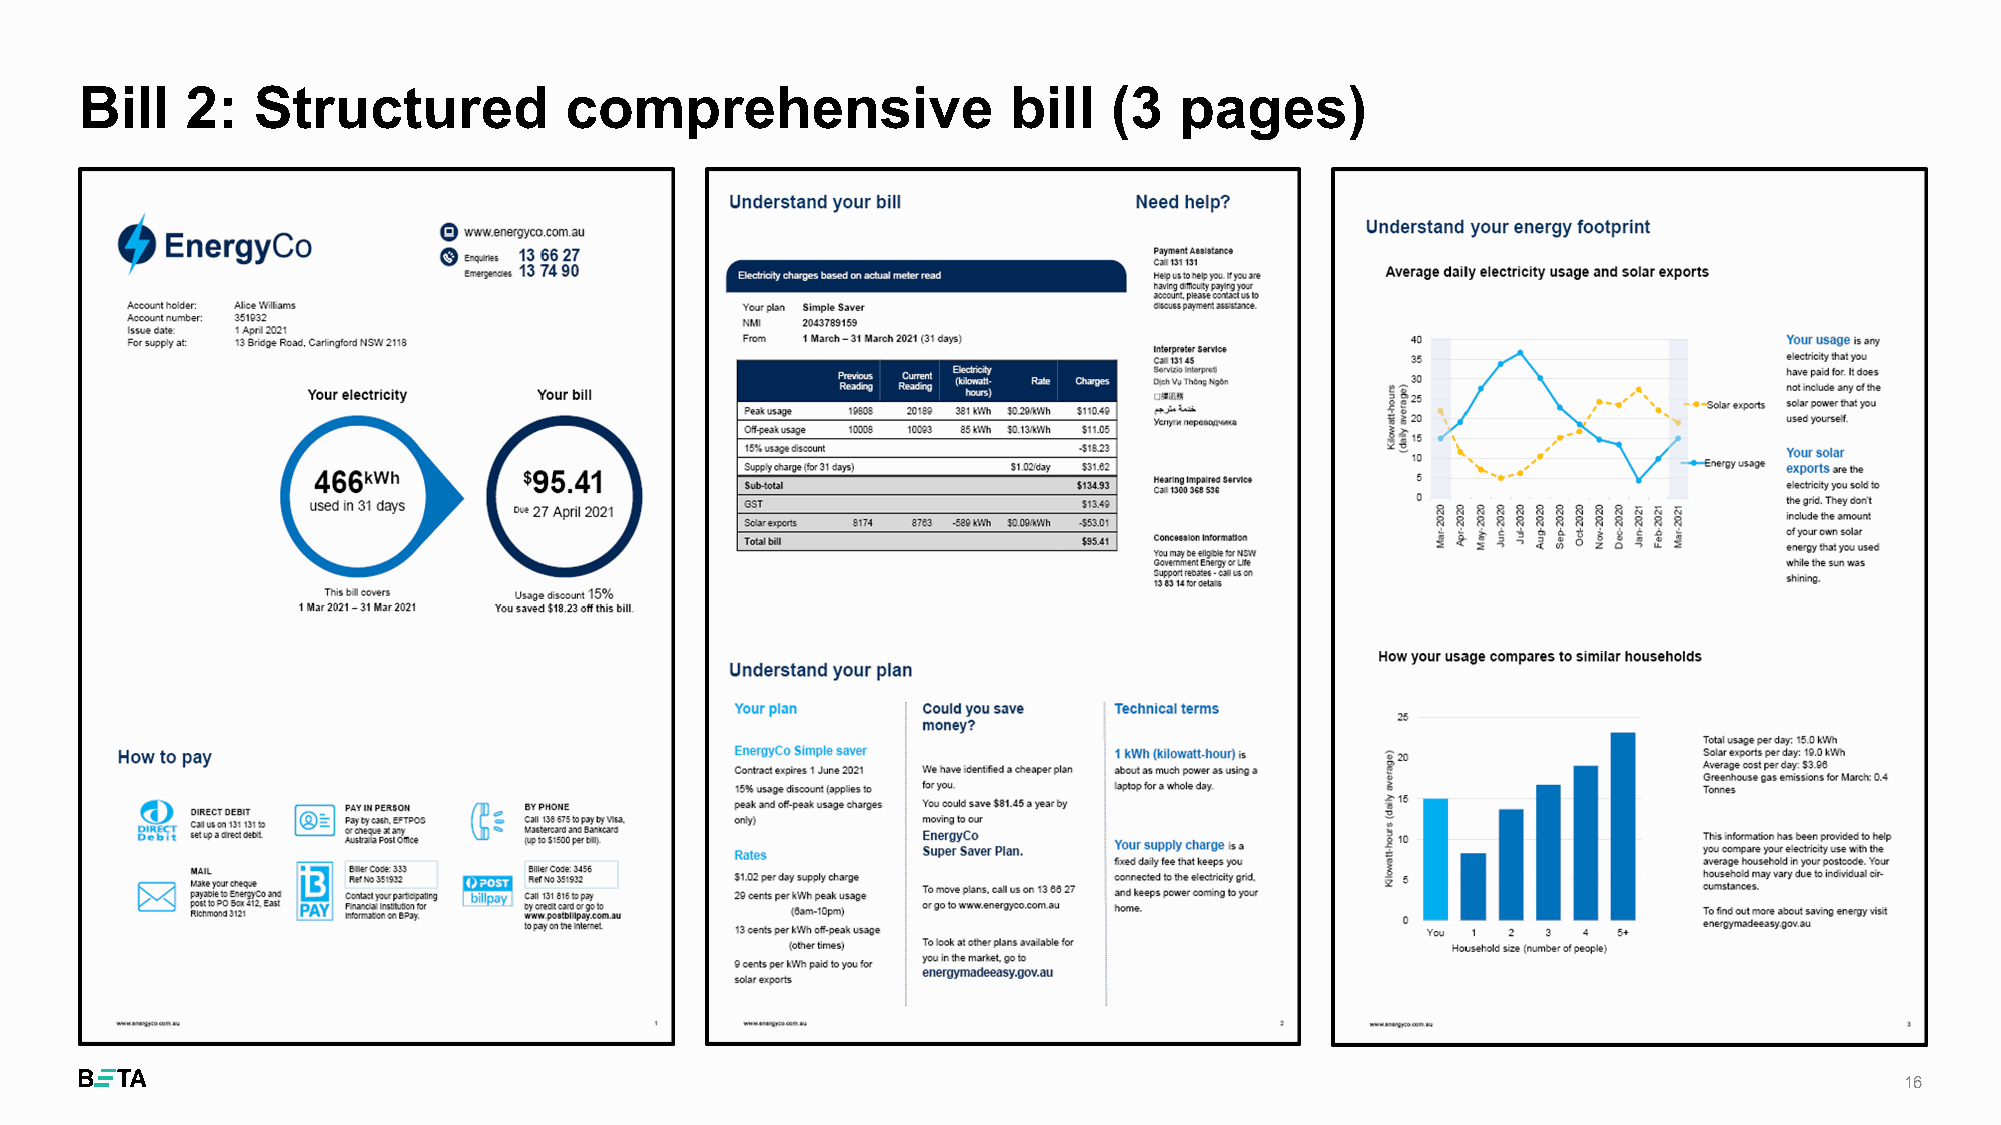
Bill   2:   Structured          comprehensive                 bill   (3  pages)
 16